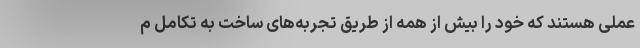
عملی هستند که خود را بیش از همه از طریق تجربه‌های ساخت به تکامل م